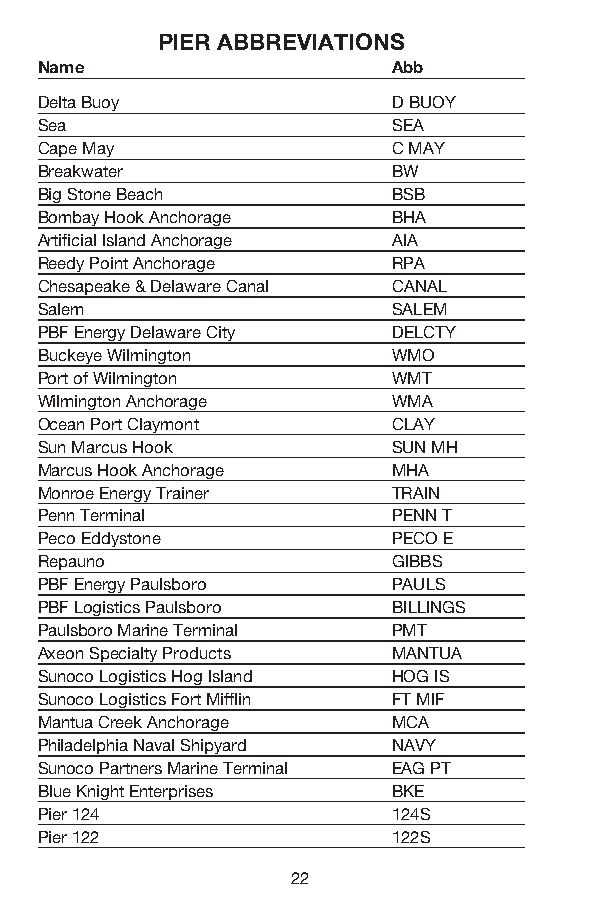
PIER ABBREVIATIONS
 Name Abb
 Delta Buoy D BUOY
 Sea SEA
 Cape May C MAY
 Breakwater BW
 Big Stone Beach BSB
 Bombay Hook Anchorage BHA
 Artificial Island Anchorage AIA
 Reedy Point Anchorage RPA
 Chesapeake & Delaware Canal CANAL
 Salem SALEM
 PBF Energy Delaware City DELCTY
 Buckeye Wilmington WMO
 Port of Wilmington WMT
 Wilmington Anchorage WMA
 Ocean Port Claymont CLAY
 Sun Marcus Hook SUN MH
 Marcus Hook Anchorage MHA
 Monroe Energy Trainer TRAIN
 Penn Terminal PENN T
 Peco Eddystone PECO E
 Repauno GIBBS
 PBF Energy Paulsboro PAULS
 PBF Logistics Paulsboro BILLINGS
 Paulsboro Marine Terminal PMT
 Axeon Specialty Products MANTUA
 Sunoco Logistics Hog Island HOG IS
 Sunoco Logistics Fort Mifflin FT MIF
 Mantua Creek Anchorage MCA
 Philadelphia Naval Shipyard NAVY
 Sunoco Partners Marine Terminal EAG PT
 Blue Knight Enterprises BKE
 Pier 124 124S
 Pier 122 122S
 22